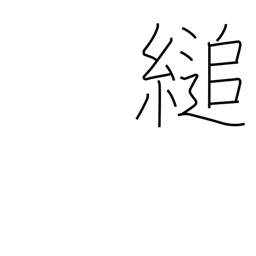
Meaning: hang on